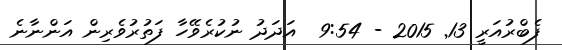
ފެބްރުއަރީ 13